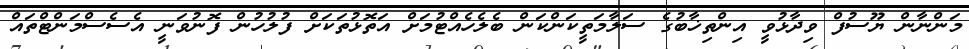
މަންނާން ޔޫސުފް ވިދާޅުވީ އިންތިޚާބުގެ ސަލާމަތީކަންކަން ބެލެހެއްޓުމަށް އަތޮޅުތަކަށް ފުލުހުން ފޮނުވަނީ އެސެސްމަންޓްތައް